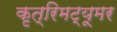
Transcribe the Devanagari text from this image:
कृत्रिमट्यूमर